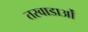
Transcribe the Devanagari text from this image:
तरवाडाओं